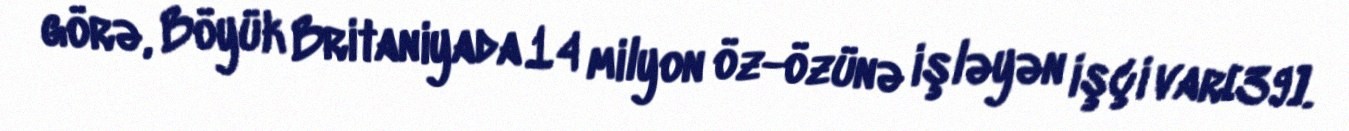
görə, Böyük Britaniyada 14 milyon öz-özünə işləyən işçi var[39].